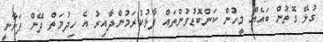
ގުޅޭ ގޮތުން ބައެއް މީހުން ކަންބޮޑުވުންތައް ފާޅުކުރަމުންދާއިރު އެ ހިދުމަތް ދޭން ފަށާނީ